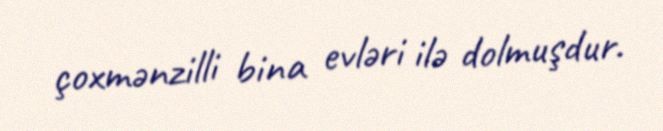
çoxmənzilli bina evləri ilə dolmuşdur.